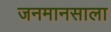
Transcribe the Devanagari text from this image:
जनमानसाला